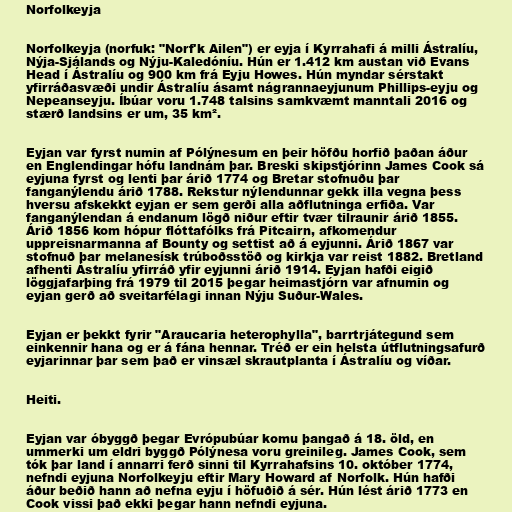
Norfolkeyja

Norfolkeyja (norfuk: "Norf'k Ailen") er eyja í Kyrrahafi á milli Ástralíu,
Nýja-Sjálands og Nýju-Kaledóníu. Hún er 1.412 km austan við Evans
Head í Ástralíu og 900 km frá Eyju Howes. Hún myndar sérstakt
yfirráðasvæði undir Ástralíu ásamt nágrannaeyjunum Phillips-eyju og
Nepeanseyju. Íbúar voru 1.748 talsins samkvæmt manntali 2016 og
stærð landsins er um, 35 km².

Eyjan var fyrst numin af Pólýnesum en þeir höfðu horfið þaðan áður
en Englendingar hófu landnám þar. Breski skipstjórinn James Cook sá
eyjuna fyrst og lenti þar árið 1774 og Bretar stofnuðu þar
fanganýlendu árið 1788. Rekstur nýlendunnar gekk illa vegna þess
hversu afskekkt eyjan er sem gerði alla aðflutninga erfiða. Var
fanganýlendan á endanum lögð niður eftir tvær tilraunir árið 1855.
Árið 1856 kom hópur flóttafólks frá Pitcairn, afkomendur
uppreisnarmanna af Bounty og settist að á eyjunni. Árið 1867 var
stofnuð þar melanesísk trúboðsstöð og kirkja var reist 1882. Bretland
afhenti Ástralíu yfirráð yfir eyjunni árið 1914. Eyjan hafði eigið
löggjafarþing frá 1979 til 2015 þegar heimastjórn var afnumin og
eyjan gerð að sveitarfélagi innan Nýju Suður-Wales.

Eyjan er þekkt fyrir "Araucaria heterophylla", barrtrjátegund sem
einkennir hana og er á fána hennar. Tréð er ein helsta útflutningsafurð
eyjarinnar þar sem það er vinsæl skrautplanta í Ástralíu og víðar.

Heiti.

Eyjan var óbyggð þegar Evrópubúar komu þangað á 18. öld, en
ummerki um eldri byggð Pólýnesa voru greinileg. James Cook, sem
tók þar land í annarri ferð sinni til Kyrrahafsins 10. október 1774,
nefndi eyjuna Norfolkeyju eftir Mary Howard af Norfolk. Hún hafði
áður beðið hann að nefna eyju í höfuðið á sér. Hún lést árið 1773 en
Cook vissi það ekki þegar hann nefndi eyjuna.